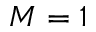
M = 1